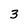
Character: 3